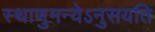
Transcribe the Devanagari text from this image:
स्थाणुमन्येऽनुसयति